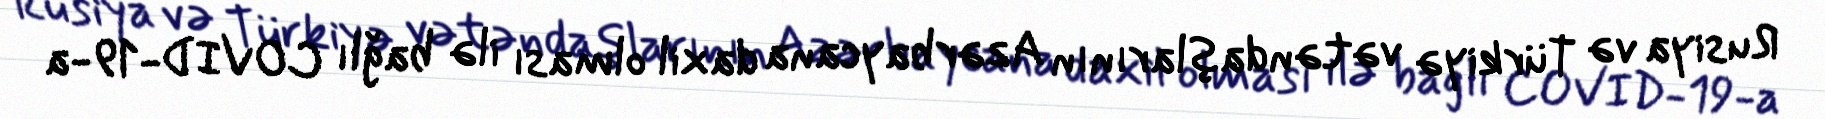
Rusiya və Türkiyə vətəndaşlarının Azərbaycana daxil olması ilə bağlı COVID-19-a